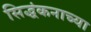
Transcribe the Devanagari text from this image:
सिद्धंकनाच्या